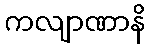
ကလျာဏာနိ